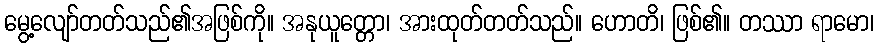
မွေ့လျော်တတ်သည်၏အဖြစ်ကို။ အနုယူတ္တော၊ အားထုတ်တတ်သည်။ ဟောတိ၊ ဖြစ်၏။ တဿာ ရာမော၊